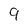
Character: 9